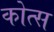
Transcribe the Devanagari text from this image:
कोत्स